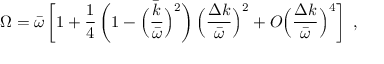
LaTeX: \Omega = \bar { \omega } \left[ 1 + { \frac { 1 } { 4 } } \left( 1 - \Big ( { \frac { \bar { k } } { \bar { \omega } } } \Big ) ^ { 2 } \right) \Big ( { \frac { \Delta k } { \bar { \omega } } } \Big ) ^ { 2 } + O \Big ( { \frac { \Delta k } { \bar { \omega } } } \Big ) ^ { 4 } \right] ~ ,